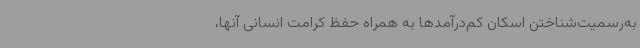
به‌رسمیت‌شناختن اسکان کم‌درآمدها به همراه حفظ کرامت انسانی آنها،